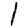
Digit: 1